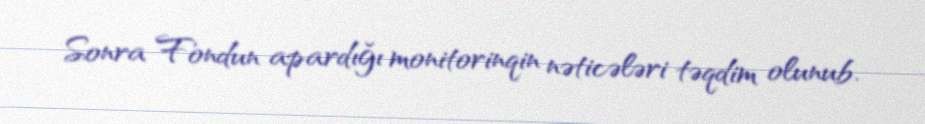
Sonra Fondun apardığı monitorinqin nəticələri təqdim olunub.